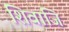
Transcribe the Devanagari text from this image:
शिवाजि